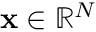
\mathbf { x } \in \mathbb { R } ^ { N }